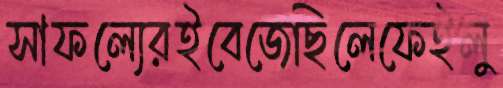
সাফল্যেরইবেজেছিলেফেইলু